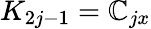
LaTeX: K_{2j-1}=\mathbb{C}_{jx}